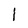
Character: 1